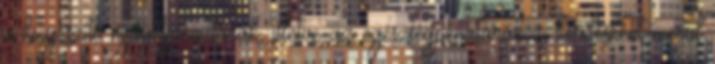
a kiegészítő nyugdíjpénztárak, illetve az egészségpénztárak is, kérdésként merül